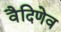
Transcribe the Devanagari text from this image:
वैदिणेव